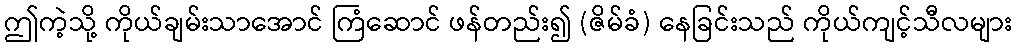
ဤကဲ့သို့ ကိုယ်ချမ်းသာအောင် ကြံဆောင် ဖန်တည်း၍ (ဇိမ်ခံ) နေခြင်းသည် ကိုယ်ကျင့်သီလများ